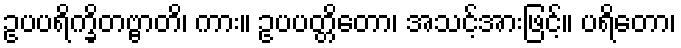
ဥပပရိက္ခိတဗ္ဗာတိ၊ ကား။ ဥပပတ္တိတော၊ အသင့်အားဖြင့်။ ပရိတော၊